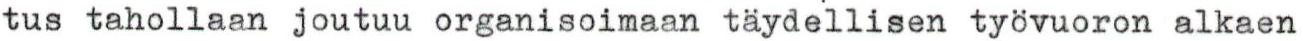
tus tahollaan joutuu organisoimaan täydellisen työvuoron alkaen